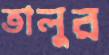
তালুর